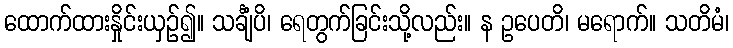
ထောက်ထားနှိုင်းယှဉ်၍။ သင်္ချံပိ၊ ရေတွက်ခြင်းသို့လည်း။ န ဥပေတိ၊ မရောက်။ သတိမံ၊